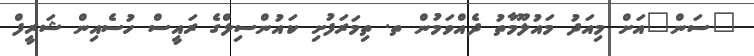
"ސަން"އަށް މިއަދު މައުލޫމާތު ދެއްވަމުން ތ. ތިމަރަފުށި ކައުންސިލްގެ ރައީސް ހުސެއިން ޝަރީފް